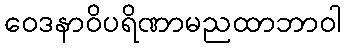
ဝေဒနာဝိပရိဏာမညထာဘာဝါ